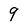
Character: 9